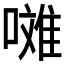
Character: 𱔪